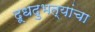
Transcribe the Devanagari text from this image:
दूधदुभत्यांचा